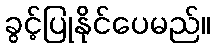
ခွင့်ပြုနိုင်ပေမည်။